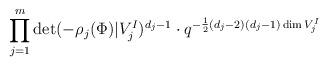
LaTeX: \begin{align*} \prod_{j = 1}^m \det( - \rho_j(\Phi) | V_j^I )^{d_j-1} \cdot q^{ - \frac{1}{2}(d_j-2)(d_j-1)\dim V_j^I} \end{align*}